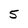
Character: 5